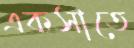
একসাতে